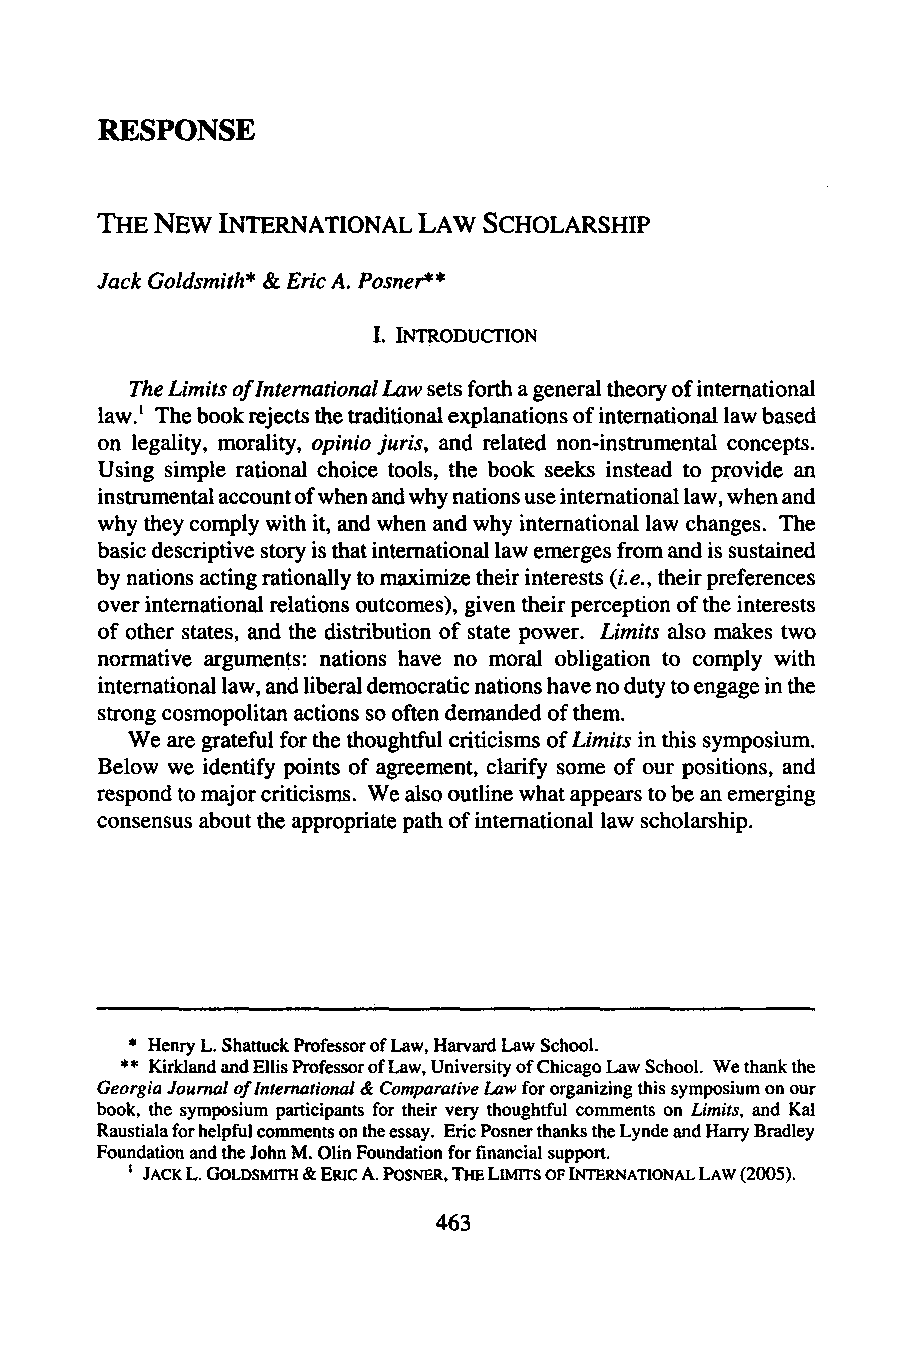
RESPONSE
 THE NEW INTERNATIONAL LAW SCHOLARSHIP
 Jack Goldsmith* & Eric A. Posner**
 I. INTRODUCTION
 The Limits ofInternationalL aw sets forth a general theory of international
 law.' The book rejects the traditional explanations of international law based
 on legality, morality, opinio juris, and related non-instrumental concepts.
 Using simple rational choice tools, the book seeks instead to provide an
 instrumental account of when and why nations use international law, when and
 why they comply with it, and when and why international law changes. The
 basic descriptive story is that international law emerges from and is sustained
 by nations acting rationally to maximize their interests (i.e., their preferences
 over international relations outcomes), given their perception of the interests
 of other states, and the distribution of state power. Limits also makes two
 normative arguments: nations have no moral obligation to comply with
 international law, and liberal democratic nations have no duty to engage in the
 strong cosmopolitan actions so often demanded of them.
 We are grateful for the thoughtful criticisms of Limits in this symposium.
 Below we identify points of agreement, clarify some of our positions, and
 respond to major criticisms. We also outline what appears to be an emerging
 consensus about the appropriate path of international law scholarship.
 * Henry L. Shattuck Professor of Law, Harvard Law School.
 ** Kirkland and Ellis Professor of Law, University of Chicago Law School. We thank the
 GeorgiaJ ournal of International & Comparative Law for organizing this symposium on our
 book, the symposium participants for their very thoughtful comments on Limits, and Kal
 Raustiala for helpful comments on the essay. Eric Posner thanks the Lynde and Harry Bradley
 Foundation and the John M. Olin Foundation for financial support.
 1 JACK L. GoLDsmrrH & ERIC A. POSNER, THE Lmrrs OF INTERNATIONAL LAW (2005).
 463